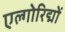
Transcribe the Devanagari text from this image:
एल्गोरिद्मों